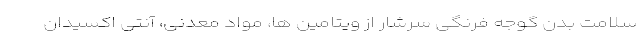
سلامت بدن گوجه فرنگی سرشار از ویتامین ها، مواد معدنی، آنتی اکسیدان